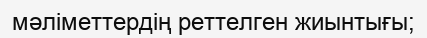
мәліметтердің реттелген жиынтығы;